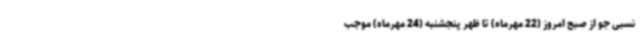
نسبی جو از صبح امروز (22 مهرماه) تا ظهر پنجشنبه (24 مهرماه) موجب